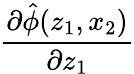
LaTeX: \frac{\partial\hat{\phi}(z_{1},x_{2})}{\partial z_{1}}